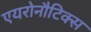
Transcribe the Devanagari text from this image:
एयरोनौटिक्स